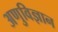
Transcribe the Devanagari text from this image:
अणुविज्ञान